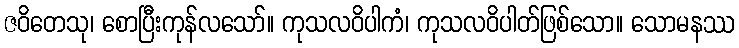
ဇဝိတေသု၊ စောပြီးကုန်လသော်။ ကုသလဝိပါကံ၊ ကုသလဝိပါတ်ဖြစ်သော။ သောမနဿ